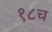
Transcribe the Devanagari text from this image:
१८च